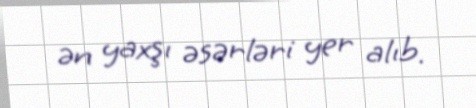
ən yaxşı əsərləri yer alıb.